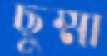
ছুম্মা